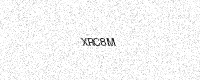
Text: XRC8M